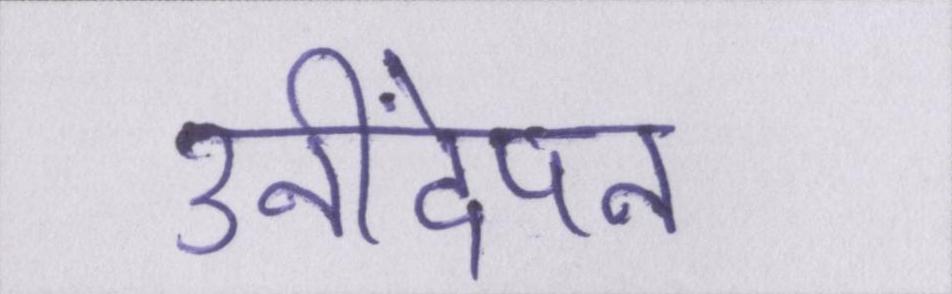
उनींदेपन